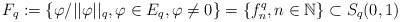
\begin{align*}F_q := \{\varphi/||\varphi||_{q}, \varphi \in E_q, \varphi \neq 0\} = \{f_n^q, n \in\mathbb{N}\} \subset S_{q}(0,1)\end{align*}